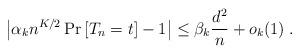
LaTeX: \begin{align*} \left| \alpha_k n^{K/2} \Pr\left[ T_n = t \right] - 1 \right| \le \beta_k \frac{d^2}{n} + o_k(1) \; . \end{align*}